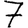
Digit: 7